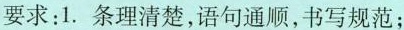
要求：1.条理清楚，语句通顺，书写规范；